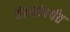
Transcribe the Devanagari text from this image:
बंकरांपर्यंत